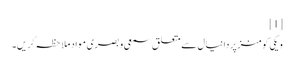
[1]
ویکی کومنز پر دانیال سے متعلق سمعی و بصری مواد ملاحظہ کریں۔